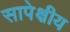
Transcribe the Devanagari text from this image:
सापेक्षीय